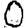
Digit: 0